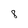
Character: 8